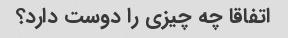
اتفاقا چه چیزی را دوست دارد؟